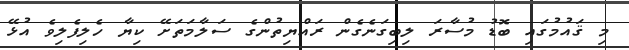
މި ޤައުމުގައި ބޮޑު މުސާރަ ލިބިގަނެގެން ރައްޔިތުންގެ ސަލާމަތަށޭ ކިޔާ ހެލިފެލިވެ އުޅޭ